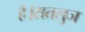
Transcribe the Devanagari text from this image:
है।सतलुज